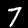
Digit: 7